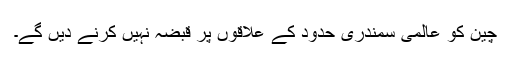
چین کو عالمی سمندری حدود کے علاقوں پر قبضہ نہیں کرنے دیں گے۔